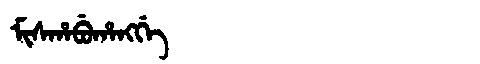
Manchu: ᠮᡳᠰᡥᠠᠪᡠᡥᠠᠩᡤᡝ
Romanization: MISHABUHANGGE